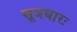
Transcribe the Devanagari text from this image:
सूत्रधारः